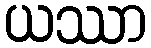
ယဿာ